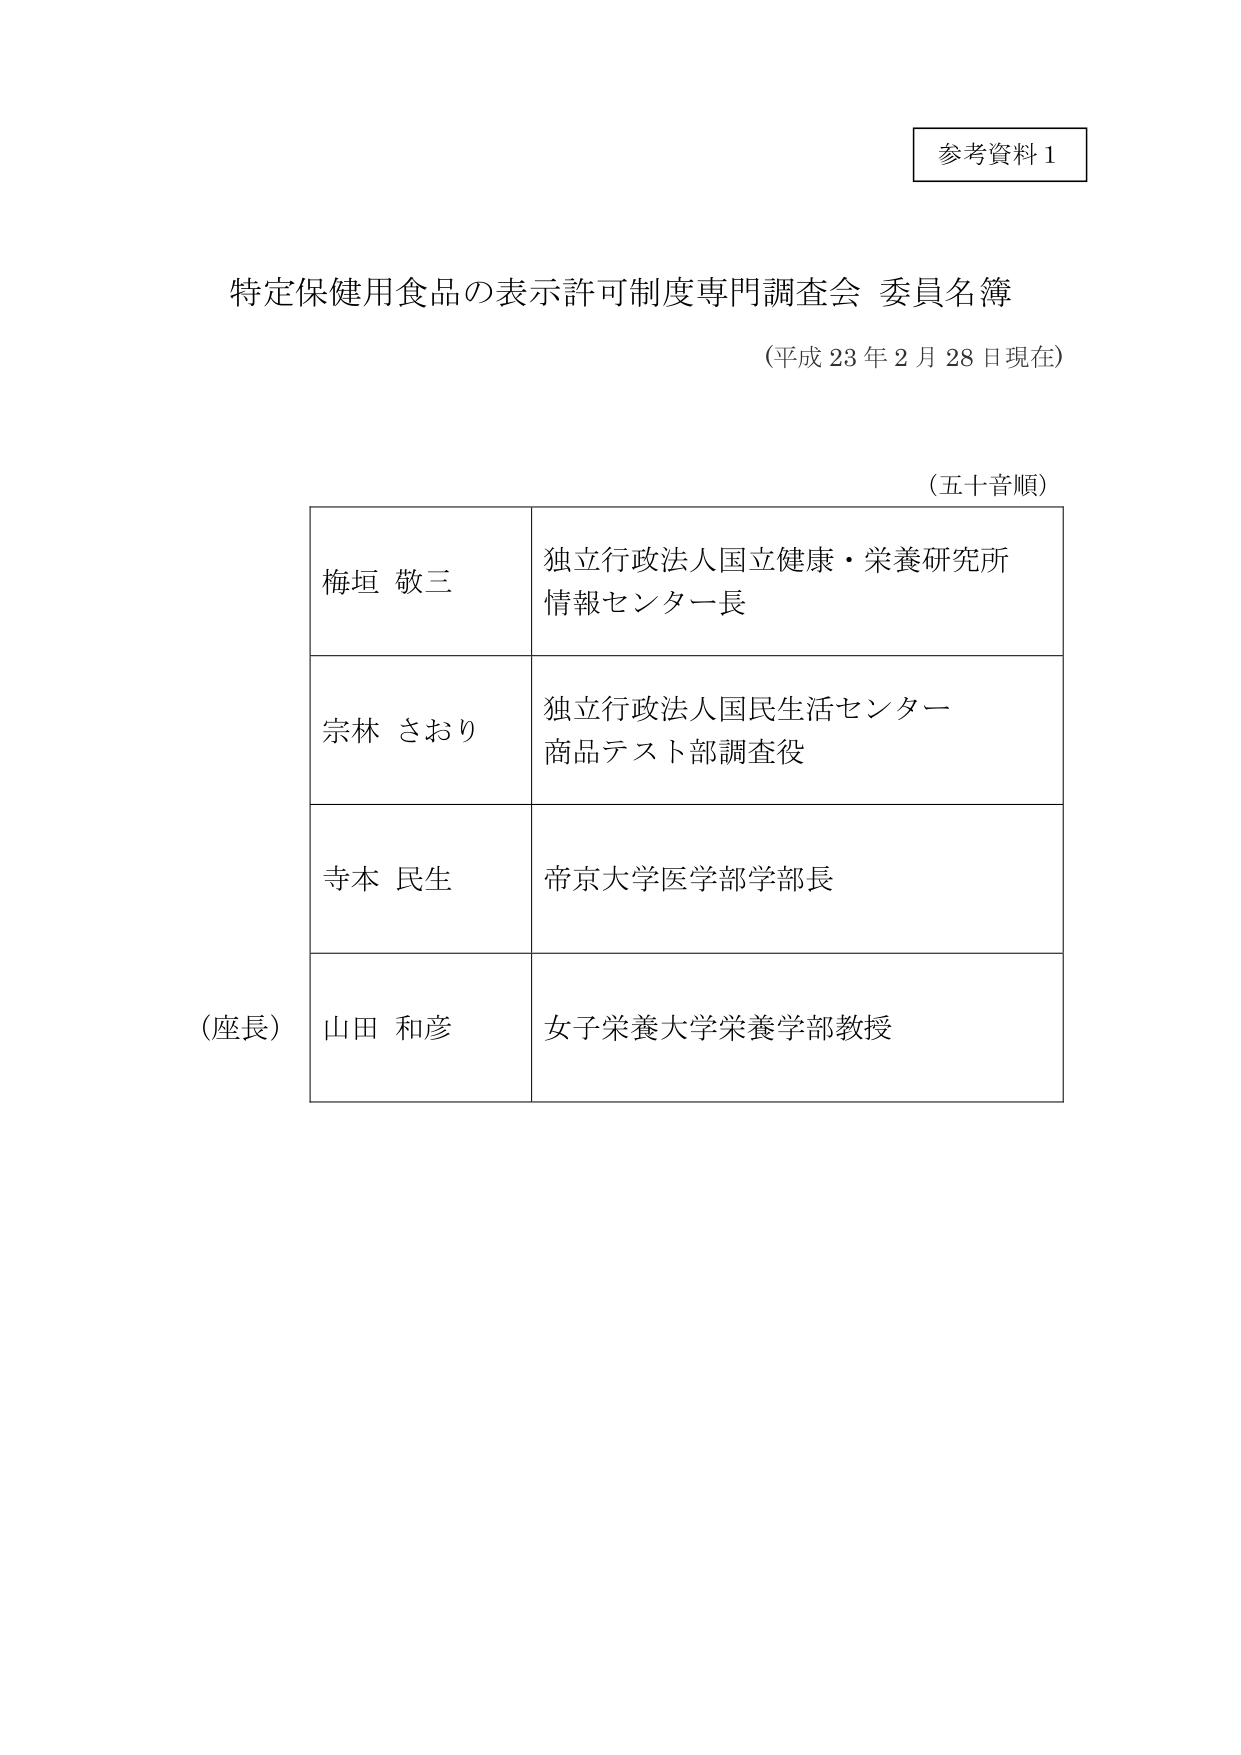
参考資料１

特定保健用食品の表示許可制度専門調査会 委員名簿
（平成23年2月28日現在）

（五十音順）

梅垣 敬三　　独立行政法人国立健康・栄養研究所
　　　　　　　情報センター長

宗林 さおり　　独立行政法人国民生活センター
　　　　　　　商品テスト部調査役

寺本 民生　　帝京大学医学部学部長

（座長）　山田 和彦　　女子栄養大学栄養学部教授